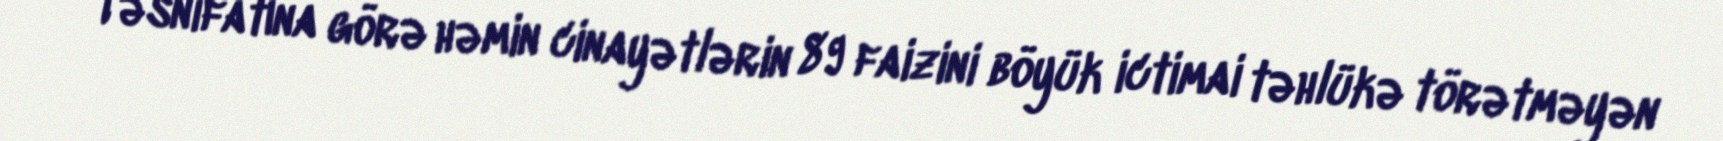
Təsnifatına görə həmin cinayətlərin 89 faizini böyük ictimai təhlükə törətməyən